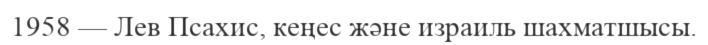
1958 — Лев Псахис, кеңес және израиль шахматшысы.